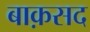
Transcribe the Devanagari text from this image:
बाक़सद